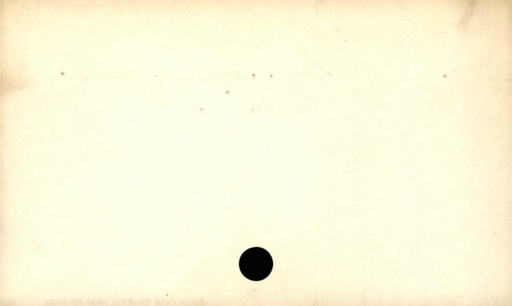
Label: blank